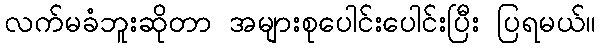
လက်မခံဘူးဆိုတာ အများစုပေါင်းပေါင်းပြီး ပြရမယ်။